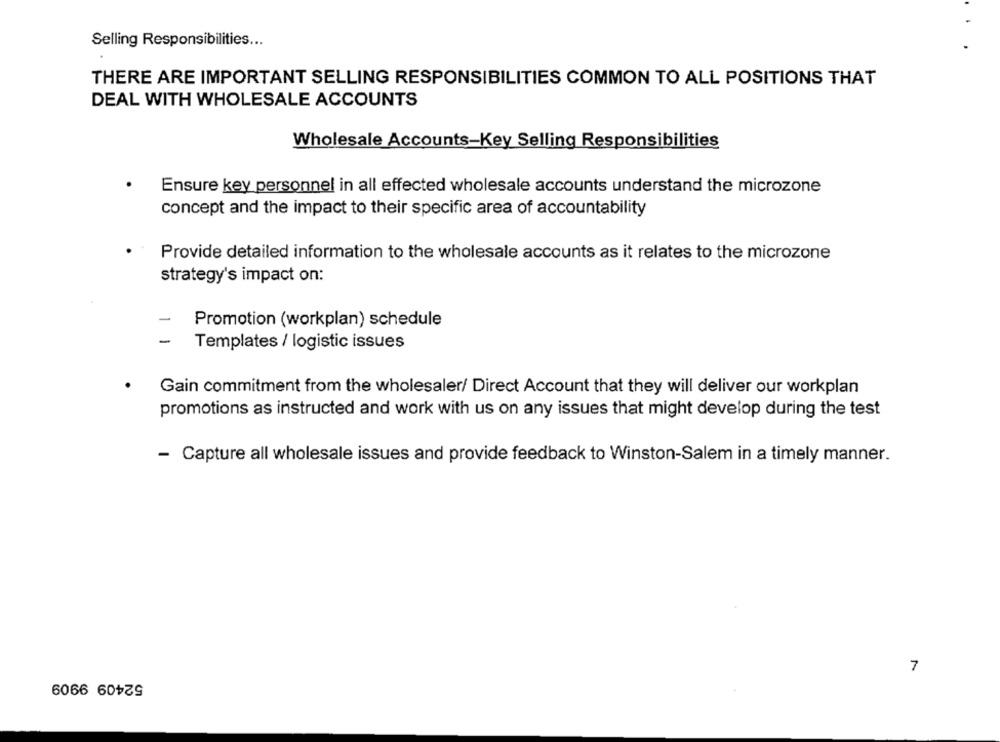
Selling Responsibilities ...
THERE ARE IMPORTANT SELLING RESPONSIBILITIES COMMON TO ALL POSITIONS THAT
DEAL WITH WHOLESALE ACCOUNTS
Wholesale Accounts-Key Selling Responsibilities
Ensure key personnel in all effected wholesale accounts understand the microzone
concept and the impact to their specific area of accountability
Provide detailed information to the wholesale accounts as it relates to the microzone
strategy's impact on:
-
Promotion (workplan) schedule
-
Templates / logistic issues
Gain commitment from the wholesaler/ Direct Account that they will deliver our workplan
promotions as instructed and work with us on any issues that might develop during the test
- Capture all wholesale issues and provide feedback to Winston-Salem in a timely manner.
7
52409 9909